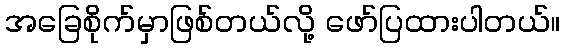
အခြေစိုက်မှာဖြစ်တယ်လို့ ဖော်ပြထားပါတယ်။